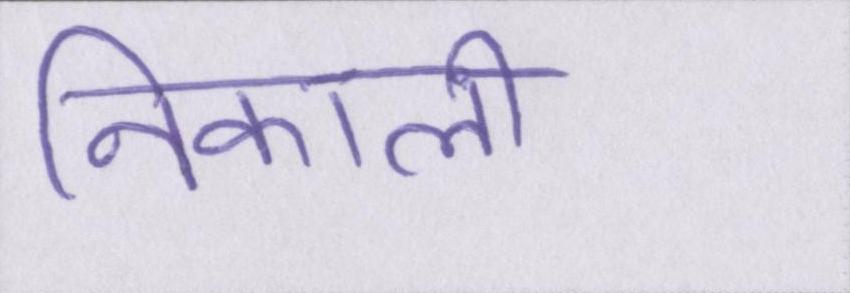
निकाली